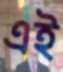
এই